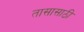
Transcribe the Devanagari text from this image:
तासासाठी